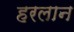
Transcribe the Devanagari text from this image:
हरलान